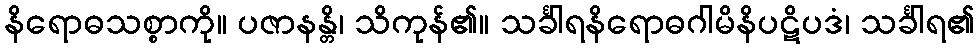
နိရောဓသစ္စာကို။ ပဇာနန္တိ၊ သိကုန်၏။ သင်္ခါရနိရောဓဂါမိနိပဋိပဒံ၊ သင်္ခါရ၏